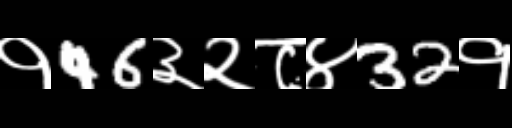
Text: १46३२८४32१